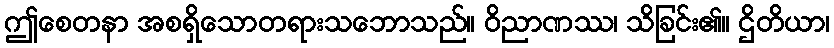
ဤစေတနာ အစရှိသောတရားသဘောသည်။ ဝိညာဏဿ၊ သိခြင်း၏။ ဌိတိယာ၊